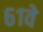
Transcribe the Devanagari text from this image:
६१वे